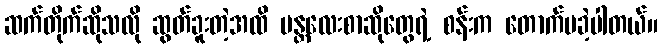
ဆက်တိုက်ဆိုသလို ဆွတ်ခူးတဲ့အထိ မန္တလေးစာဆိုတွေရဲ့ စန်းက တောက်ပခဲ့ပါတယ်။